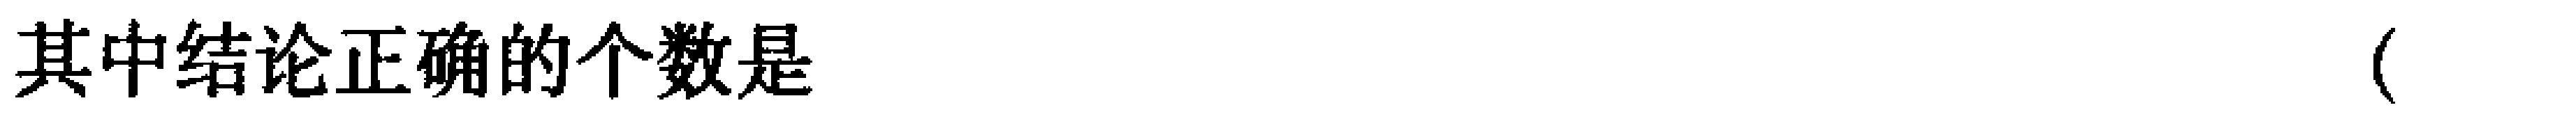
其中结论正确的个数是（  ）